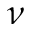
\nu